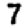
Digit: 7